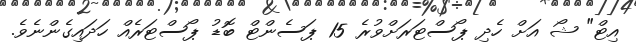
އިޓް" ޝޯ އަށް ހެދި ޕޯސްޓަރަށްވުރެ 15 ޕަސެންޓް ބޮޑު ޕޯސްޓަރެއް ހަދައިގެންނެވެ.